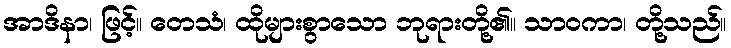
အာဒိနာ၊ ဖြင့်။ တေသံ၊ ထိုများစွာသော ဘုရားတို့၏။ သာဝကာ၊ တို့သည်။